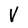
Character: V